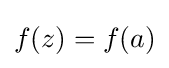
f(z)=f(a)